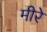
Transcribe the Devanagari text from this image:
मीरे